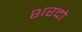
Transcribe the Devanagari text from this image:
शरदो